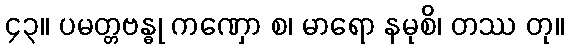
၄၃။ ပမတ္တဗန္ဓု ကဏှော စ၊ မာရော နမုစိ၊ တဿ တု။